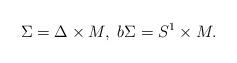
LaTeX: \begin{align*}\Sigma =\Delta \times M, \ b\Sigma=S^1 \times M.\end{align*}